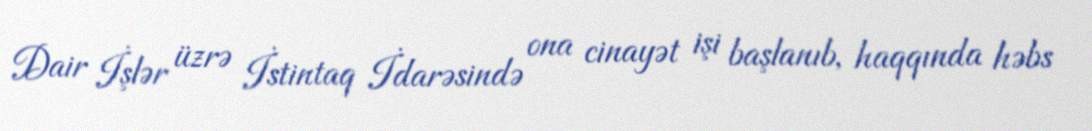
Dair İşlər üzrə İstintaq İdarəsində ona cinayət işi başlanıb, haqqında həbs